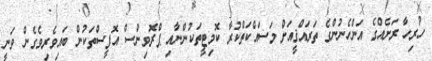
ހުރިހާ ރަށެއްގެ އަންހެނުންގެ ތަރައްޤީއަށް މަސައްކަތްކުރާ ކޮމިޓީތަކުންނާއި ޕްރޮވިންސް އޮފީސްތަކުން ބައިވެރިވެގެން ވަނީ